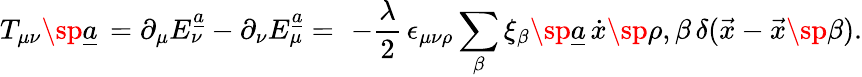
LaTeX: T_{\mu\nu}\sp{\underline{{{a}}}}\, =\partial_{\mu}E_{\nu}^{\underline{{{a}}}}-\partial_{\nu}E_{\mu}^{\underline{{{a}}}}=\, \, -{\frac{\lambda}{2}}\, \epsilon_{\mu\nu\rho}\sum_{\beta}\xi_{\beta}\sp{\underline{{{a}}}}\, \dot{x}\sp{\rho,\beta}\, \delta(\vec{x}-\vec{x}\sp{\beta}).